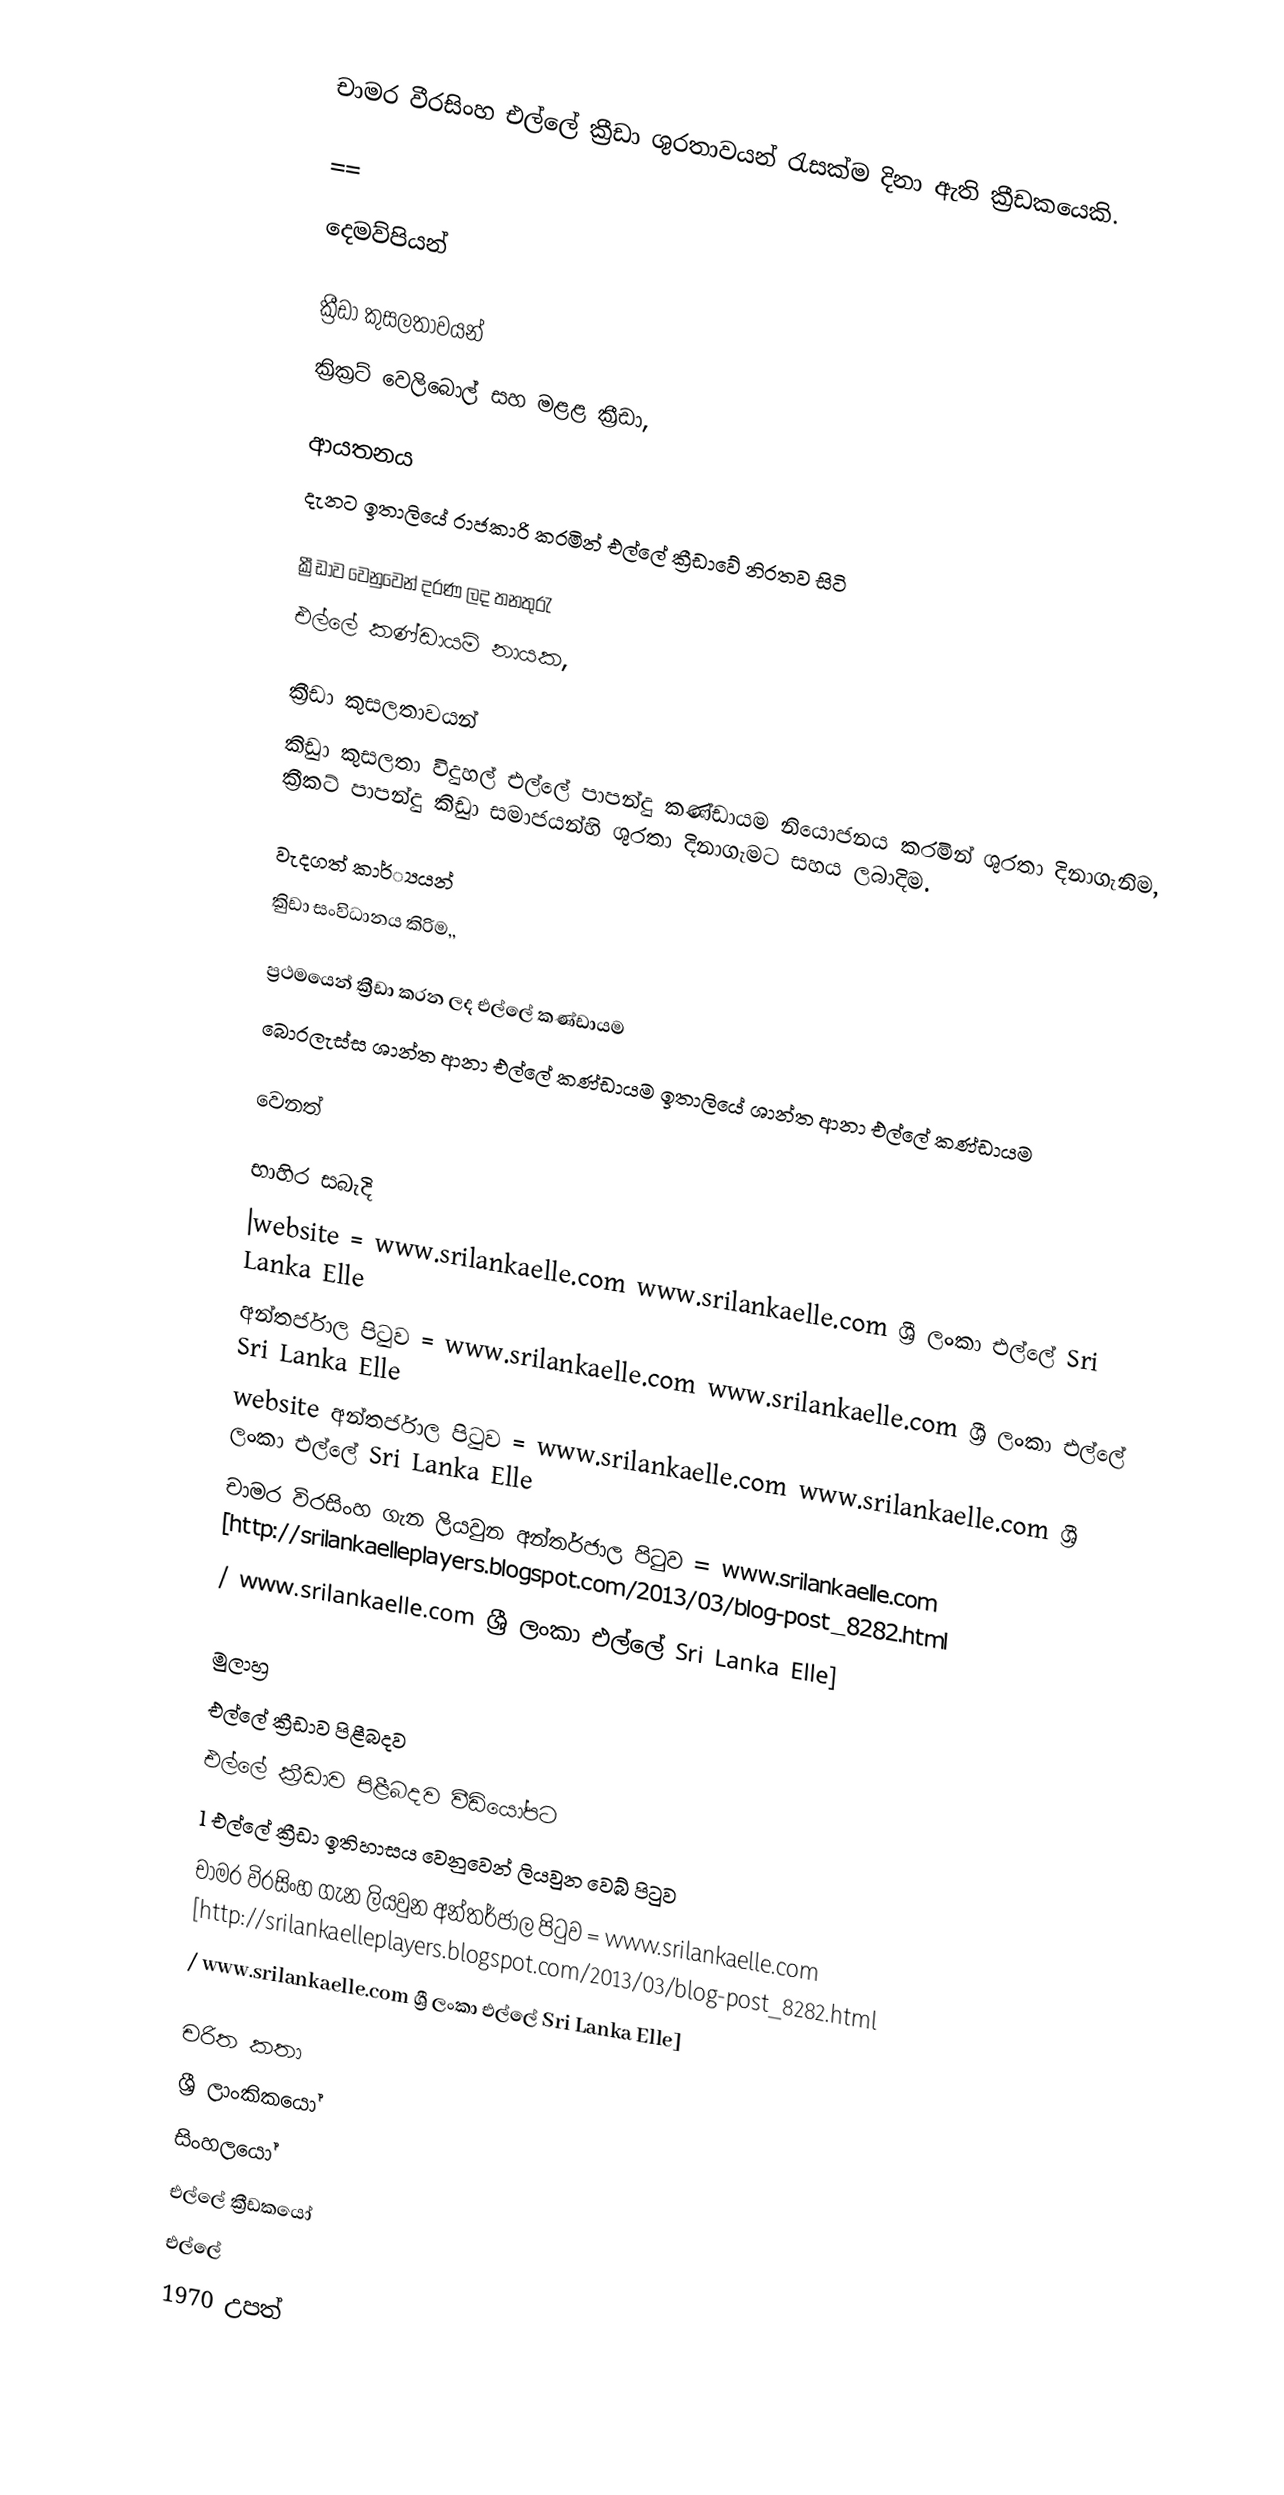
චාමර වීරසිංහ එල්ලේ ක්‍රීඩා ශුරතාවයන් රැසක්ම දිනා ඇති ක්‍රීඩකයෙකි.

==

දෙමව්පියන්

ක්‍රීඩා කුසලතාවයන්
ක්‍රික්‍රට් වෙලිබොල් සහ මළළ ක්‍රීඩා,

ආයතනය
දැනට ඉතාලියේ රාජකාරි කරමින් එල්ලේ ක්‍රීඩාවේ නිරතව සිටි

ක්‍රීඩාව වෙනුවෙන් දරණ ලද තනතුරැ
එල්ලේ කණ්ඩායම් නායක,

ක්‍රීඩා කුසලතාවයන්
කිුඩා  කුසලතා  විදුහල්  එල්ලේ  පාපන්දු  කණ්ඩායම නියොජනය කරමින් ශුරතා දිනාගැනිම,  ක්‍රීකට්   පාපන්දු කිුඩා සමාජයන්හි  ශුරතා දිනාගැමට සහය ලබාදිම.

වැදගත් කාර්්‍යයන්
කිුඩා සංවිධානය කිරිම,,

ප්‍රථමයෙන් ක්‍රීඩා කරන ලද එල්ලේ කණ්ඩායම
බොරලැස්ස ශාන්ත ආනා එල්ලේ කණ්ඩායම ඉතාලියේ ශාන්ත ආනා එල්ලේ කණ්ඩායම

වෙනත්

භාහිර සබැදි
|website       = www.srilankaelle.com www.srilankaelle.com ශ්‍රී ලංකා එල්ලේ Sri Lanka Elle
අන්තර්ජාල පිටුව   = www.srilankaelle.com www.srilankaelle.com ශ්‍රී ලංකා එල්ලේ Sri Lanka Elle
website අන්තර්ජාල පිටුව  = www.srilankaelle.com www.srilankaelle.com ශ්‍රී ලංකා එල්ලේ Sri Lanka Elle
චාමර විරසිංහ ගැන ලියවුන අන්තර්ජාල පිටුව   = www.srilankaelle.com [http://srilankaelleplayers.blogspot.com/2013/03/blog-post_8282.html
/ www.srilankaelle.com ශ්‍රී ලංකා එල්ලේ Sri Lanka Elle]

මුලාහ්‍ර
 එල්ලේ ක්‍රීඩාව පිළීබදව
 එල්ලේ ක්‍රීඩාව පිළීබදව වීඩියෝපට
 l එල්ලේ ක්‍රීඩා ඉතිහාසය වෙනුවෙන් ලියවුන වෙබ් පිටුව
චාමර විරසිංහ ගැන ලියවුන අන්තර්ජාල පිටුව   = www.srilankaelle.com [http://srilankaelleplayers.blogspot.com/2013/03/blog-post_8282.html
/ www.srilankaelle.com ශ්‍රී ලංකා එල්ලේ Sri Lanka Elle]

චරිත කතා
ශ්‍රී ලාංකිකයෝ
සිංහලයෝ
එල්ලේ ක්‍රීඩකයෝ
එල්ලේ
1970 උපත්